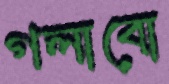
গলাবো